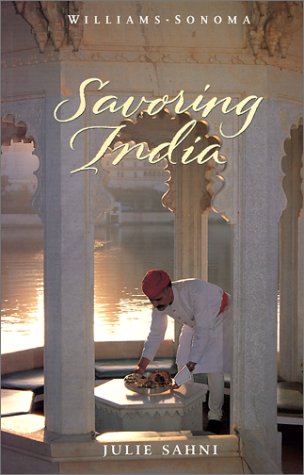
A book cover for Savoring India: Recipes and Reflections on Indian Cooking (Williams-Sonoma: The Savoring); Julie Sahni; Cookbooks, Food & Wine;